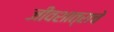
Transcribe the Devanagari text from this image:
जीवशात्राचे